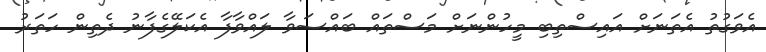
އެވަގުތު އެތަނަށް އައިސްތިބި މީހުންނަށް މަސްތައް ބައްސަވާ ލައްވާފާ އެކަލޭގެފާނު ދެތިން ހަތަރު